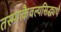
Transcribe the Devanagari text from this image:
तस्मात्कैवल्यसिद्ध्यर्थं